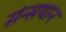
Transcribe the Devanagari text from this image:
संन्सथान